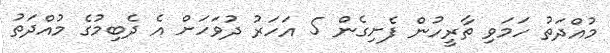
މުއްދަތު ހަމަވި ތާރީހުން ފެށިގެން 5 އަހަރު ދުވަހަށް އެ ދެބިމުގެ މުއްދަތު